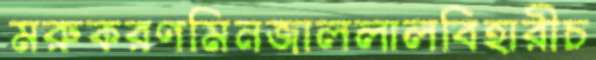
মরুকরণমিনজাললালবিহারীচ